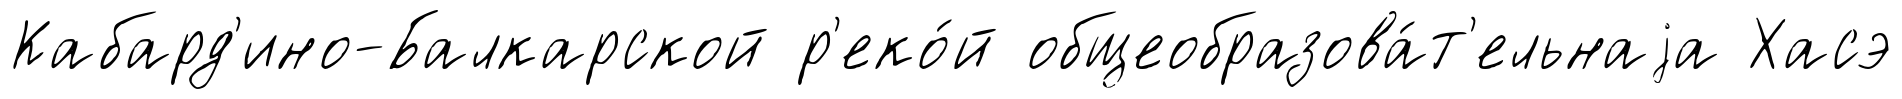
Кабард'ино-Балкарской р'еко́й общеобразова́т'ельнаjа Хасэ